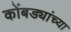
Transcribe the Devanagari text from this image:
कोंबड्यांच्या